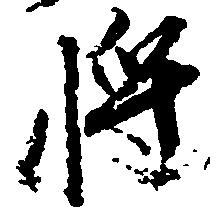
将